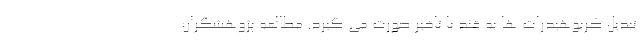
تبدیل کربوهیدرات ها به قند با تاخیر صورت می گیرد. مطالعه پژوهشگران